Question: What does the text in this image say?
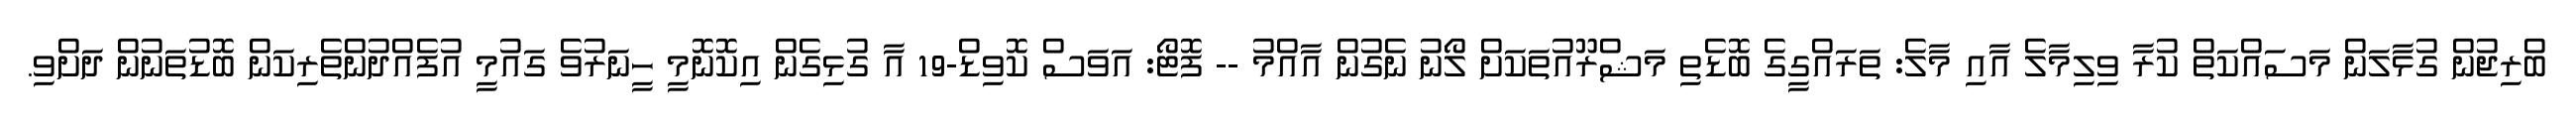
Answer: ބްރިޖުން ގުޅާލަން މަސައްކަތް ކުރާ ވިލިމާލެ އާއި މާލެ: ތަރައްގީގެ ބޮޑެތި މަޝްރޫއުތަކަށް ލޯނު ނެގުން އާއްމު -- ފޮޓޯ: އަވަސް ކޮވިޑް-19 އާ ގުޅިގެން އިކޮނޮމީ ހީނަރުވެ ގައުމީ އުފެއްދުންތެރިކަން ބޮޑުތަނުން ދަށްވި.